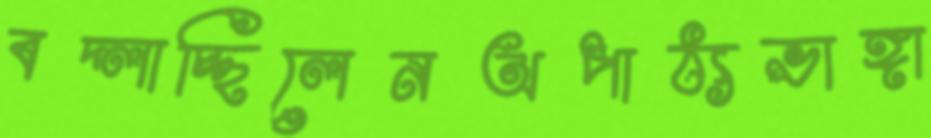
বদ্‌লাচ্ছিলেনঅপাঠ্যভাঙ্গা